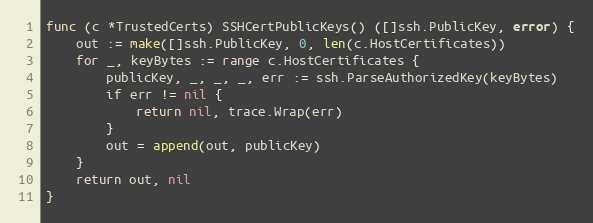
Language: Go
func (c *TrustedCerts) SSHCertPublicKeys() ([]ssh.PublicKey, error) {
	out := make([]ssh.PublicKey, 0, len(c.HostCertificates))
	for _, keyBytes := range c.HostCertificates {
		publicKey, _, _, _, err := ssh.ParseAuthorizedKey(keyBytes)
		if err != nil {
			return nil, trace.Wrap(err)
		}
		out = append(out, publicKey)
	}
	return out, nil
}